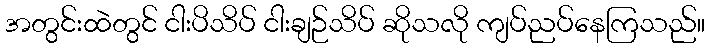
အတွင်းထဲတွင် ငါးပိသိပ် ငါးချဉ်သိပ် ဆိုသလို ကျပ်ညပ်နေကြသည်။